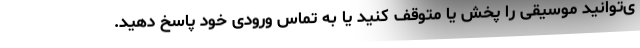
ی‌توانید موسیقی را پخش یا متوقف کنید یا به تماس ورودی خود پاسخ دهید.